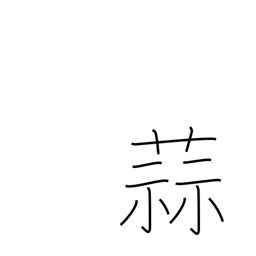
Meaning: garlic